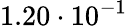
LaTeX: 1.20\cdot 10^{-1}